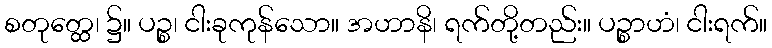
စတုတ္ထေ၊ ၌။ ပဉ္စ၊ ငါးခုကုန်သော။ အဟာနိ၊ ရက်တို့တည်း။ ပဉ္စာဟံ၊ ငါးရက်။